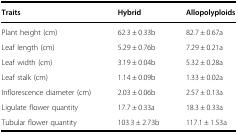
<table><thead><tr><td><b>Traits</b></td><td><b>Hybrid</b></td><td><b>Allopolyploids</b></td></tr></thead><tbody><tr><td>Plant height (cm)</td><td>62.3 ± 0.33b</td><td>82.7 ± 0.67a</td></tr><tr><td>Leaf length (cm)</td><td>5.29 ± 0.76b</td><td>7.29 ± 0.21a</td></tr><tr><td>Leaf width (cm)</td><td>3.19 ± 0.04b</td><td>5.32 ± 0.28a</td></tr><tr><td>Leaf stalk (cm)</td><td>1.14 ± 0.09b</td><td>1.33 ± 0.02a</td></tr><tr><td>Inflorescence diameter (cm)</td><td>2.03 ± 0.06b</td><td>2.57 ± 0.13a</td></tr><tr><td>Ligulate flower quantity</td><td>17.7 ± 0.33a</td><td>18.3 ± 0.33a</td></tr><tr><td>Tubular flower quantity</td><td>103.3 ± 2.73b</td><td>117.1 ± 1.53a</td></tr></tbody></table>